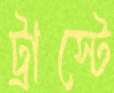
ট্রাস্টে